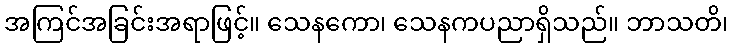
အကြင်အခြင်းအရာဖြင့်။ သေနကော၊ သေနကပညာရှိသည်။ ဘာသတိ၊